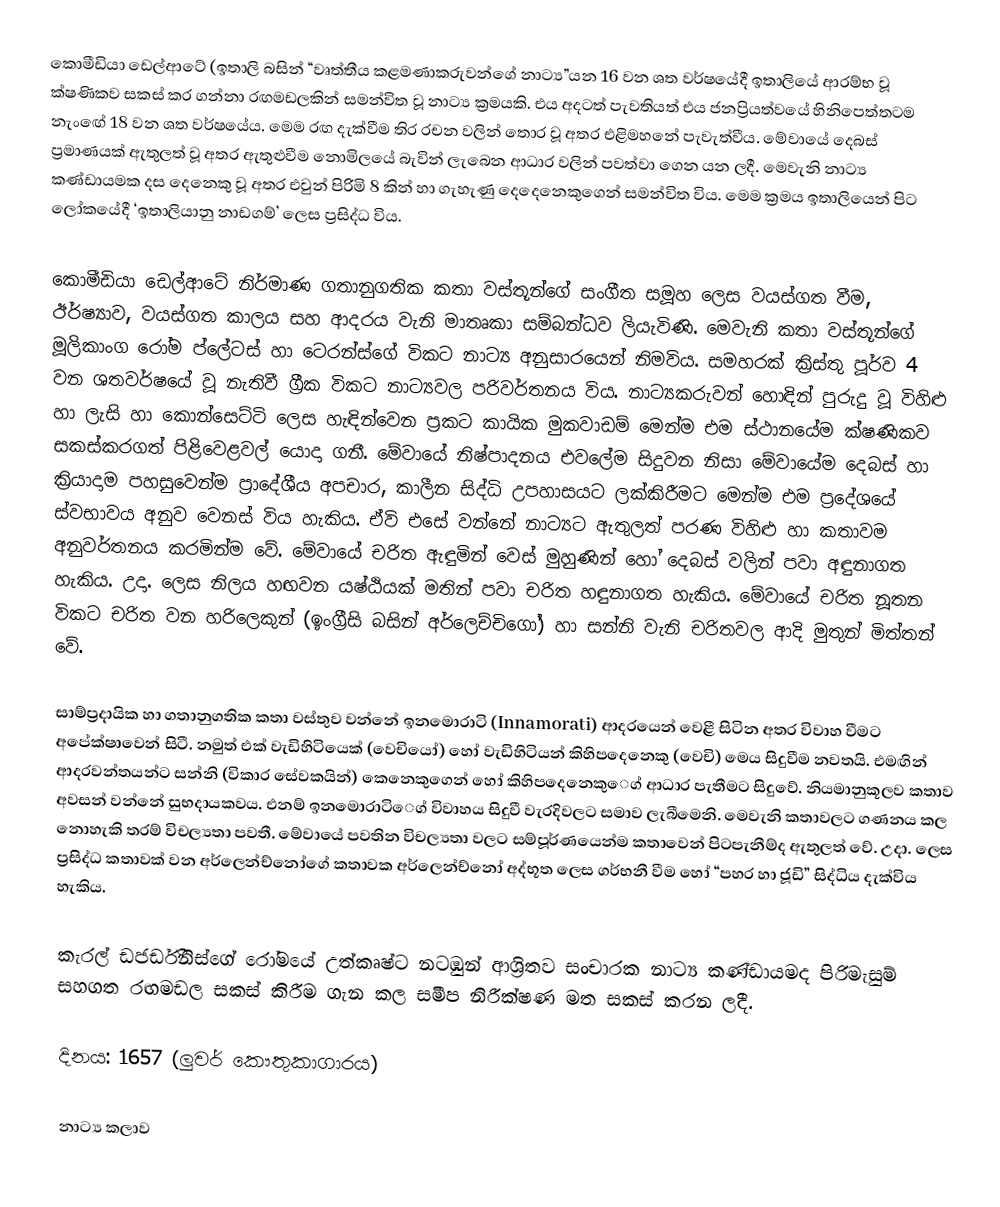
කොමීඩියා ඩෙල්ආටේ (ඉතාලි බසින් “වෘත්තීය කළමණාකරුවන්ගේ නාට්‍ය”යන 16 වන ශත වර්ෂයේදී ඉතාලියේ ආරම්භ වූ ක්ෂණිකව සකස් කර ගන්නා රඟමඩලකින් සමන්විත වූ නාට්‍ය ක්‍රමයකි. එය අදටත් පැවතියත් එය ජනප්‍රියත්වයේ හිනිපෙත්තටම නැං‍ඟේ 18 වන ශත වර්ෂයේය. මෙම රඟ දැක්වීම තිර රචන වලින් තොර වූ අතර එළිමහනේ පැවැත්වීය. මේවායේ දෙබස් ප්‍රමාණයක් ඇතුලත් වූ අතර ඇතුළුවීම නොමිලයේ බැවින් ලැබෙන ආධාර වලින් පවත්වා ගෙන යන ලදී. මෙවැනි නාට්‍ය කණ්ඩායමක දස දෙනෙකු වූ අතර එවුන් පිරිමි 8 කින් හා ගැහැණු දෙදෙනෙකුගෙන් සමන්විත විය. මෙම ක්‍රමය ඉතාලියෙන් පිට ලෝකයේදී ‘ඉතාලියානු නාඩගම්’ ලෙස ප්‍රසිද්ධ විය.

කොමීඩියා ඩෙල්ආටේ නිර්මාණ ගතානුගතික කතා වස්තූන්ගේ සංගීත සමූහ ලෙස වයස්ගත වීම, ඊර්ෂ්‍යාව, වයස්ගත කාලය සහ ආදරය වැනි මාතෘකා සම්බන්ධව ලියැවිණි. මෙවැනි කතා වස්තූන්ගේ මූලිකාංග රෝම ප්ලේටස් හා ටෙරන්ස්ගේ විකට නාට්‍ය අනුසාරයෙන් නිමවිය. සමහරක් ක්‍රිස්තු පූර්ව 4 වන ශතවර්ෂයේ වූ නැතිවී ග්‍රීක විකට නාට්‍යවල පරිවර්තනය විය. නාට්‍යකරුවන් හොඳින් පුරුදු වූ විහිළු හා ලැසි හා කොන්සෙට්ටි ලෙස හැඳින්වෙන ප්‍රකට කායික මුකවාඩම් මෙන්ම එම ස්ථානයේම ක්ෂණිකව සකස්කරගත් පිළිවෙළවල් යොදා ගනී. මේවායේ නිෂ්පාදනය එවලේම සිදුවන නිසා මේවායේම දෙබස් හා ක්‍රියාදාම පහසුවෙන්ම ප්‍රාදේශීය අපචාර, කාලීන සිද්ධි උපහාසයට ලක්කිරීමට මෙන්ම එම ප්‍රදේශයේ ස්වභාවය අනුව වෙනස් විය හැකිය. ඒවි එසේ වන්නේ නාට්‍යට ඇතුලත් පරණ විහිළු හා කතාවම අනුවර්තනය කරමින්ම වේ. මේවායේ චරිත ඇඳුමින් වෙස් මුහුණින් හෝ දෙබස් වලින් පවා අඳුනාගත හැකිය. උදා. ලෙස නිලය හඟවන යෂ්ඨියක් මතින් පවා චරිත හඳුනාගත හැකිය. මේවායේ චරිත නූතන විකට චරිත වන හරිලෙකුන් (ඉංග්‍රීසි බසින් අර්ලෙච්චිගෝ) හා සන්නි වැනි චරිතවල ආදි මුතුන් මිත්තන් වේ.

සාම්ප්‍රදායික හා ගතානුගතික කතා වස්තුව වන්නේ ඉනමොරාටි (Innamorati) ආදරයෙන් වෙළී සිටින අතර විවාහ වීමට අපේක්ෂාවෙන් සිටී. නමුත් එක් වැඩිහිටියෙක් (වෙචියෝ) හෝ වැඩිහිටියන් කිහිපදෙනෙකු (වෙචි) මෙය සිදුවීම නවතයි. එමඟින් ආදරවන්තයන්ට සන්නි (විකාර සේවකයින්) කෙනෙකුගෙන් හෝ කිහිපදෙනෙකු‍ෙග් ආධාර පැතීමට සිදුවේ. නියමානුකූලව කතාව අවසන් වන්නේ සුභදායකවය. එනම් ඉනමොරාටි‍ෙග් විවාහය සිදුවී වැරදිවලට සමාව ලැබීමෙනි. මෙවැනි කතාවලට ගණනය කල නොහැකි තරම් විචල්‍යතා පවතී. මේවායේ පවතින විචල්‍යතා වලට සම්පූර්ණයෙන්ම කතාවෙන් පිටපැනීම්ද ඇතුලත් වේ. උදා. ලෙස ප්‍රසිද්ධ කතාවක් වන අර්ලෙන්ච්නෝගේ කතාවක අර්ලෙන්ච්නෝ අද්භූත ලෙස ගර්භනී වීම හෝ “පහර හා ජූඩි” සිද්ධිය දැක්විය හැකිය.

කැරල් ඩජර්ඩිනිස්ගේ රෝමයේ උත්කෘෂ්ට නටඹුන් ආශ්‍රිතව සංචාරක නාට්‍ය කණ්ඩායමද පිරිමැසුම් සහගත රඟමඩල සකස් කිරීම ගැන කල සමීප නිරීක්ෂණ මත සකස් කරන ලදී.

දිනය: 1657 (ලුවර් කෞතුකාගාරය)

නාට්‍ය කලාව